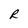
Character: R